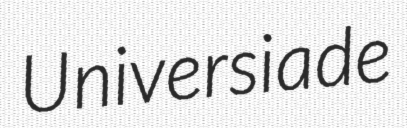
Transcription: Universiade